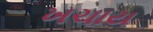
ખચાય